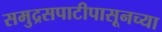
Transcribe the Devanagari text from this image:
समुद्रसपाटीपासूनच्या